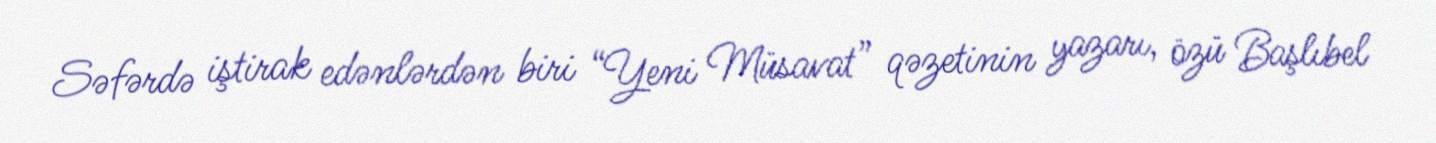
Səfərdə iştirak edənlərdən biri “Yeni Müsavat” qəzetinin yazarı, özü Başlıbel